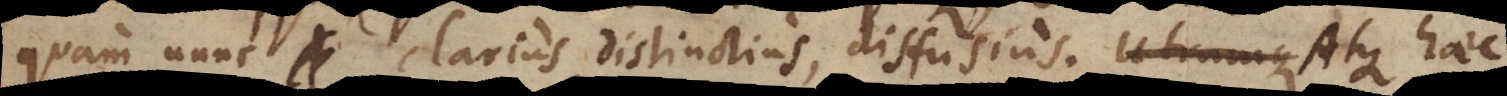
quam nunc clarius, distinctius, diffusius. Atque haec